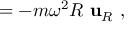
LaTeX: = - m \omega ^ { 2 } R \ \mathbf { u } _ { R } \ ,